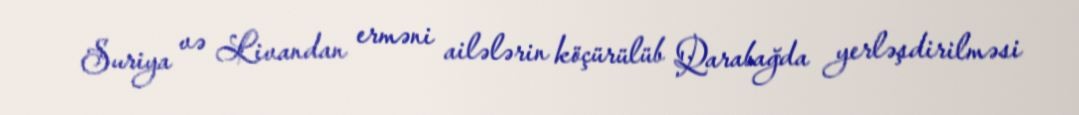
Suriya və Livandan erməni ailələrin köçürülüb Qarabağda yerləşdirilməsi